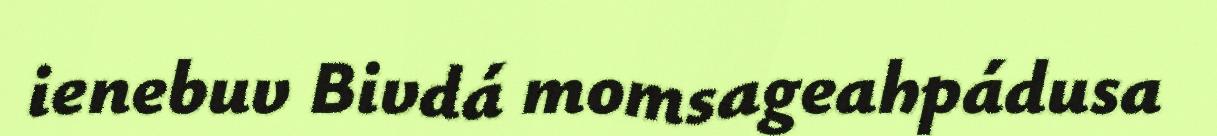
ienebuv Bivdá momsageahpádusa